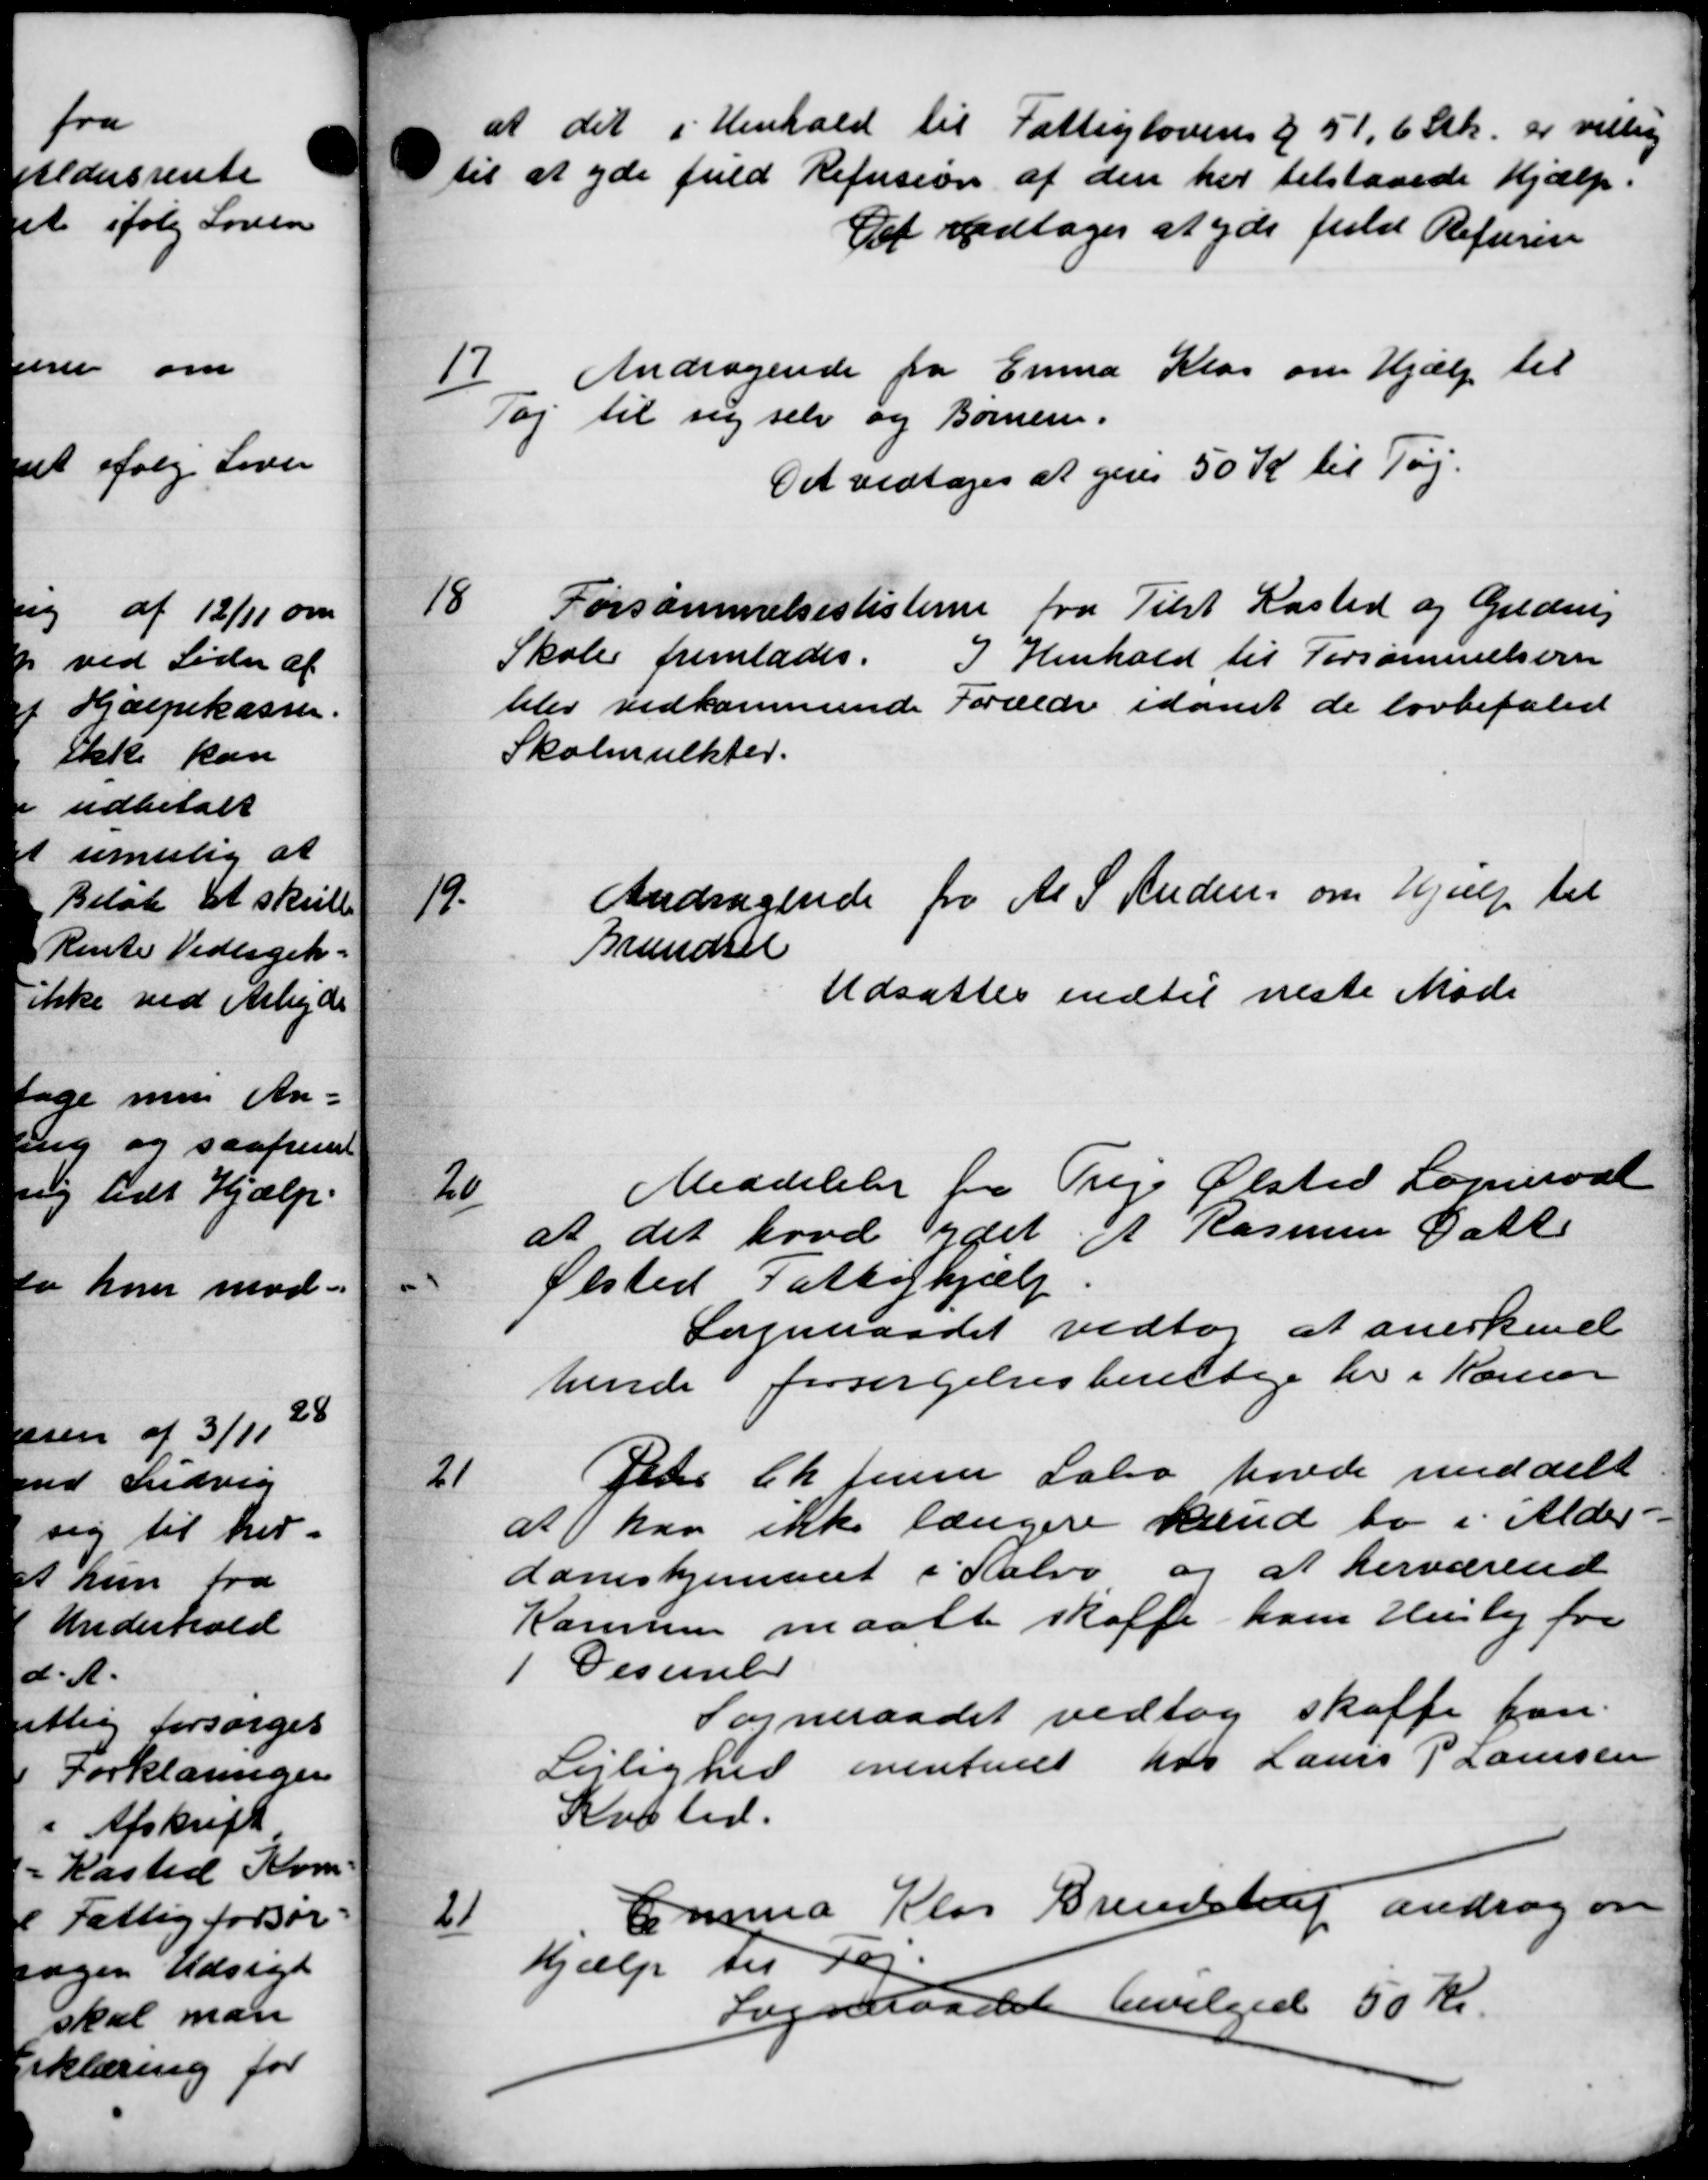
Transskription:
d

6

at det i Henhold til Fattiglovens § 51,6 Stk. er villig
til at yde fuld Refusion af den her tilstaaede Hjælp.
Det vedtoges at yde fuld Refurere
17
Andragende fra Emma Klag om Hjælp til
Tøj til sig selv og Børnen.
Det vedtoges at gives 50 Kr til Tøj.

Forsømmelseslisterne fra Tilst Kasted og Gudrup
Skoler fremlades.
I Henhold til Forsømmelsern
blev vedkommende Forældre idamt de lovbefaled
Skolemulkter.

Andragende fra A S Ruden om Hjælp til
Brændsel
Udsattes indtil næste Møde
20
Meddelelse fra Trige Ølsted Sogneraad
at det hovd ydet et Rasmus Datt
Ølsted Fattighjælp
Sogneraadet vedtog at anerkend
hende forsørgelsesberettige der i Kæmner
21
Peter Ch Jensen Labo havde meddelt
at har ikke længere kunde to i Alder-
domshjemmet i Sabro og at herværende
Kammen maalt skaffe ham Husly for
Desmul
Sogneraadet vedtog skaffe fan
Lejlighed eventuelt hos Laurs P Laursen
Kobted.
21
Emma Klas Brendstrup androg om
hjælp til tøj
bevilgede 50 Kr.